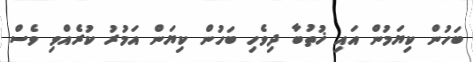
ބަހުން ކިޔަމުން އައި ޚުތުބާ ދިވެހި ބަހުން ކިޔަން އަމުރު ކުރެއްވި ވެސް